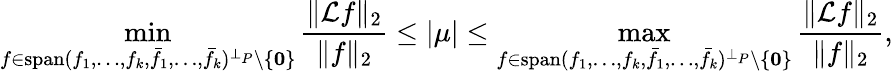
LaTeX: \operatorname*{min}_{f\in\mathrm{span}(f_{1},\ldots,f_{k},\bar{f}_{1},\ldots,\bar{f}_{k})^{\bot_{P}}\setminus\{ \mathbf{0}\} }\frac{\| \mathcal{L}f\| _{2}}{\| f\| _{2}}\le|\mu|\le\operatorname*{max}_{f\in\mathrm{span}(f_{1},\ldots,f_{k},\bar{f}_{1},\ldots,\bar{f}_{k})^{\bot_{P}}\setminus\{ \mathbf{0}\} }\frac{\| \mathcal{L}f\| _{2}}{\| f\| _{2}},